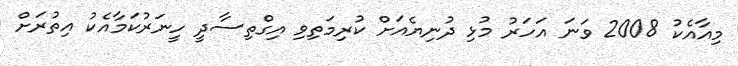
މިއާއެކު 2008 ވަނަ އަހަރު މުޅި ދުނިޔެއަށް ކުރިމަތިވި އިގްތިސާދީ ހީނަރުކަމާއެކު އިތުރަށް